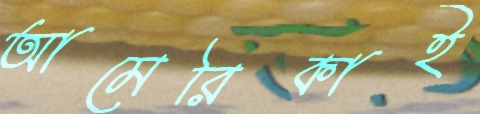
আমেরিকাই